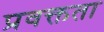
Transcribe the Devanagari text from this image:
प्रवक्तता